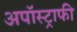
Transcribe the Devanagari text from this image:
अपॉस्ट्राफी